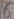
Text: 6